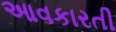
આવકારતી